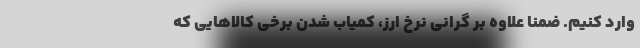
وارد کنیم. ضمنا علاوه بر گرانی نرخ ارز، کمیاب شدن برخی کالاهایی که